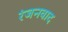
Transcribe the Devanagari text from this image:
रंजनवाद